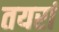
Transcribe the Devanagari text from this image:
तयरां